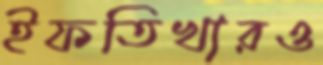
ইফতিখারও